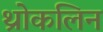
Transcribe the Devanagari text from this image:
थ्रोकलिन